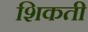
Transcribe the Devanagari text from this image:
शिकती